Source: Handwritten
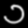
Digit: ၁ (1)